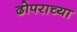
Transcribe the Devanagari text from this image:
ढोपराच्या